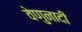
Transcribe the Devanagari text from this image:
वेणुनादीं